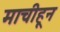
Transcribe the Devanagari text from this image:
माचीहून